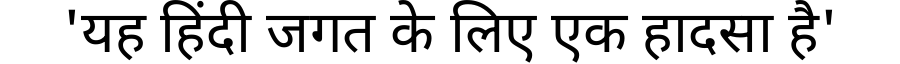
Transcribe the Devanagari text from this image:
'यह हिंदी जगत के लिए एक हादसा है'